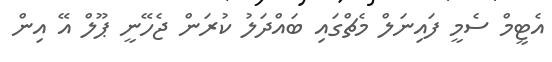
އެޓީމް ސެމީ ފައިނަލް މެޗްގައި ބައްދަލު ކުރަން ޖެހޭނީ ޕޫލް އޭ އިން